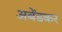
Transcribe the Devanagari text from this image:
अबेंडकर